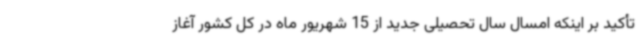
تأکید بر اینکه امسال سال تحصیلی جدید از 15 شهریور ماه در کل کشور آغاز